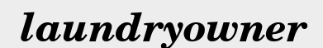
laundryowner